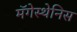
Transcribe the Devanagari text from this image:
मॅगेस्थेनिस